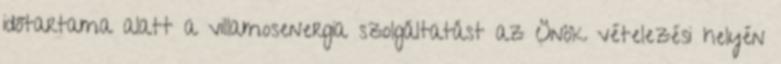
időtartama alatt a villamosenergia szolgáltatást az Önök vételezési helyén